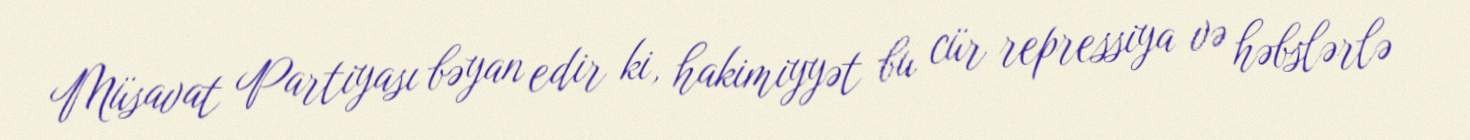
Müsavat Partiyası bəyan edir ki, hakimiyyət bu cür repressiya və həbslərlə